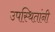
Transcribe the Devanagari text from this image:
उपस्थितांनी